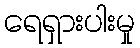
ရေရှားပါးမှု